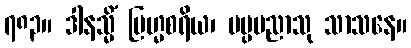
၇၈၃။ ဒါနသ္မိံ ဗြဟ္မစရိယ၊ မပ္ပမညာသု သာသနေ။